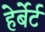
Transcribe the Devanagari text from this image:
हेर्बेर्ट